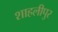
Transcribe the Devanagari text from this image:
शाहलीपुर